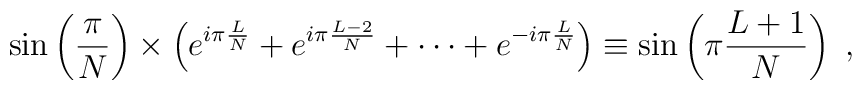
\sin\left(\frac{\pi}{N}\right) \times \left(e^{i\pi \frac{L}{N}}+e^{i\pi \frac{L-2}{N}}+\cdots +e^{-i\pi \frac{L}{N}}\right) \equiv \sin \left(\pi \frac{L+1}{N}\right)~,